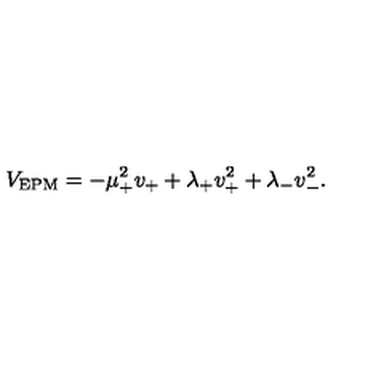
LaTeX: V _ { \mathrm { E P M } } = - \mu _ { + } ^ { 2 } v _ { + } + \lambda _ { + } v _ { + } ^ { 2 } + \lambda _ { - } v _ { - } ^ { 2 } .